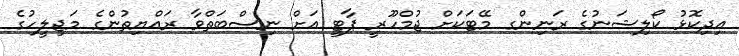
އިދިކޮޅު ކޯލިޝަނުގެ ރަނިންގ މޭޓަކަށް ޖުމްހޫރީ ޕާޓީ އަށް ނިސްބަތްވާ ރައްޔިތުންގެ މަޖިލީހުގެ